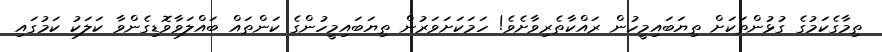
ތިމާގެކަމުގެ ގުޅުންތަކަށް ތިޔަބައިމީހުން ރައްކާތެރިވާށެވެ! ހަމަކަށަވަރުން ތިޔަބައިމީހުންގެ ކަންތައް ބައްލަވާވޮޑިގެންވާ ކަލަކު ކަމުގައި